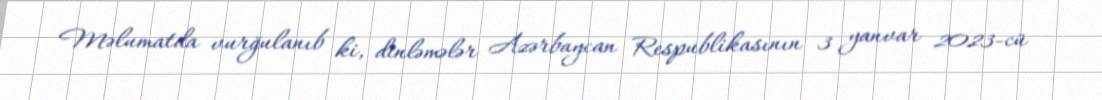
Məlumatda vurğulanıb ki, dinləmələr Azərbaycan Respublikasının 3 yanvar 2023-cü